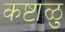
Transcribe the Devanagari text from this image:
कष्टाळु